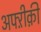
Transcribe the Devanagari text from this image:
अफ्ऱीक़ी